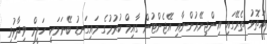
އަތޮޅު ތެރޭގައި އިންޖިނޭރުންނާއި އޭޖެންޓުން ގާއިމް ކުރުމުގެ މައިގަނޑު ބޭނަމަކީ ހަލީމް ވިދާޅުވި